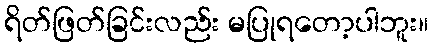
ရိတ်ဖြတ်ခြင်းလည်း မပြုရတော့ပါဘူး။